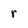
Character: r